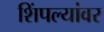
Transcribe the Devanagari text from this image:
शिंपल्यांवर